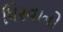
ધિરવાનો